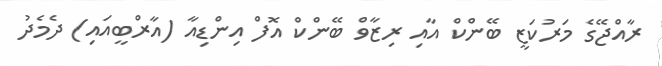
ރާއްޖޭގެ މަރުކަޒީ ބޭންކް އާއި ރިޒާވް ބޭންކް އޮފް އިންޑިއާ (އާރްބީއައި) ދެމެދު